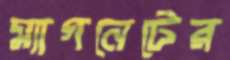
ম্যাগনেটের